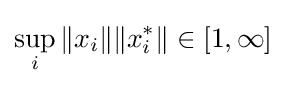
\sup _{i}\|x_{i}\|\|x_{i}^{*}\|\in [1,\infty ]